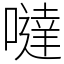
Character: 噠